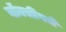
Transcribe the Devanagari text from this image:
बॉक्सींगचे